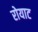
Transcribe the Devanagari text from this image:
रोयाट